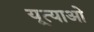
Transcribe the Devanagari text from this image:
यूत्याओ